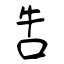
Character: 吿